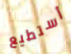
أستطيع